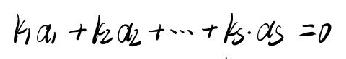
\[ k_1\alpha_1 + k_2\alpha_2 + \cdots + k_s\cdot\alpha_s = 0 \]